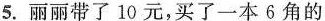
5.丽丽带了10元，买了一本6角的